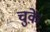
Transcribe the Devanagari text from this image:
चुक़े